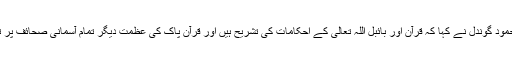
پروفیسر تفاخر محمود گوندل نے کہا کہ قرآن اور بائبل اللہ تعالیٰ کے احکامات کی تشریح ہیں اور قرآن پاک کی عظمت دیگر تمام آسمانی صحائف پر ثابت کی گئی ہے۔